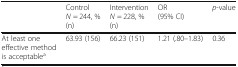
|  | Control N = 244, % (n) | Intervention N = 228, % (n) | OR (95% CI) | p-value |
 | --- | --- | --- | --- | --- |
 | At least one effective method is acceptablea | 63.93 (156) | 66.23 (151) | 1.21 (.80–1.83) | 0.36 |